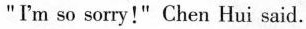
"I'm so sorry!" Chen Hui said.